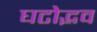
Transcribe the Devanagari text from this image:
घटोद्भव